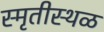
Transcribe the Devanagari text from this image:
स्मृतीस्थळ